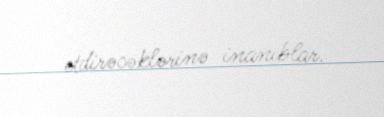
etdirəcəklərinə inanıblar.